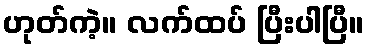
ဟုတ်ကဲ့။ လက်ထပ် ပြီးပါပြီ။